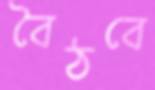
বৈঠবে